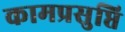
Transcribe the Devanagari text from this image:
कामप्रसुप्ति